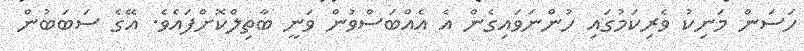
ހަސަން މަނިކު ވެރިކަމުގައި ހުންނަވައިގެން އެ އެއްބަސްވުން ވަނީ ބާތިލްކޮށްފައެވެ. އޭގެ ސަބަބުން